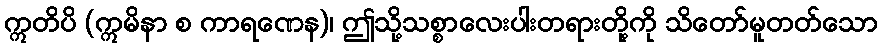
ဣတိပိ (ဣမိနာ စ ကာရဏေန)၊ ဤသို့သစ္စာလေးပါးတရားတို့ကို သိတော်မူတတ်သော